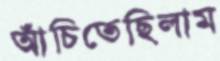
আঁচিতেছিলাম